Annual report on the health of the army in India
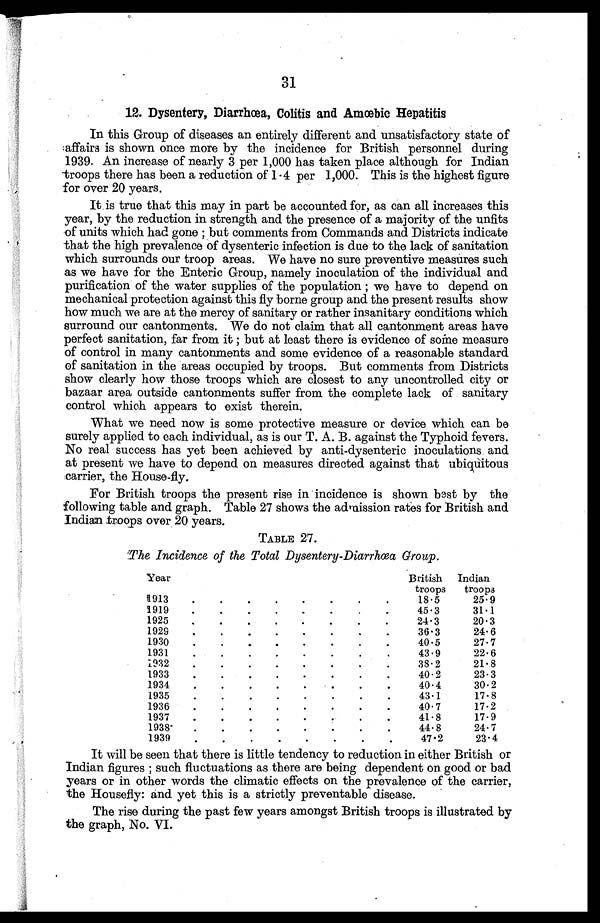
31 01
12. Dysentery, Diarrhœa, Colitis and Amoebic Hepatitis
In this Group of diseases an entirely different and unsatisfactory state of
affairs is shown once more by the incidence for British personnel during
1939. An increase of nearly 3 per 1,000 has taken place although for Indian
troops there has been a reduction of 1.4 per 1,000. This is the highest figure
for over 20 years.
It is true that this may in part be accounted for, as can all increases this
year, by the reduction in strength and the presence of a majority of the unfits
of units which had gone ; but comments from Commands and Districts indicate
that the high prevalence of dysenteric infection is due to the lack of sanitation
which surrounds our troop areas. We have no sure preventive measures such
as we have for the Enteric Group, namely inoculation of the individual and
purification of the water supplies of the population ; we have to depend on
mechanical protection against this fly borne group and the present results show
how much we are at the mercy of sanitary or rather insanitary conditions which
surround our cantonments. We do not claim that all cantonment areas have
perfect sanitation, far from it ; but at least there is evidence of some measure
of control in many cantonments and some evidence of a reasonable standard
of sanitation in the areas occupied by troops. But comments from Districts
show clearly how those troops which are closest to any uncontrolled city or
bazaar area outside cantonments suffer from the complete lack of sanitary
control which appears to exist therein.
What we need now is some protective measure or device which can be
surely applied to each individual, as is our T. A. B. against the Typhoid fevers.
No real success has yet been achieved by anti-dysenteric inoculations and
at present we have to depend on measures directed against that ubiquitous
carrier, the House-fly.
For British troops the present rise in incidence is shown best by the
following table and graph. Table 27 shows the admission rates for British and
Indian troops over 20 years.
TABLE 27.
The Incidence of the Total Dysentery-Diarrhoea Group.
Year
British
troops
Indian
troops
1913
.
.
.
.
.
.
.
.
18.5
25.9
1919
.
.
.
.
.
.
.
.
45.3
31.1
1925
.
.
.
.
.
.
.
.
24.3
20.3
1929
.
.
.
.
.
.
.
.
36.3
24.6
1930
.
.
.
.
.
.
.
.
40.5
27.7
1931
.
.
.
.
.
.
.
.
43.9
22.6
1932
.
.
.
.
.
.
.
.
38.2
21.8
1933
.
.
.
.
.
.
.
.
40.2
23.3
1934
.
.
.
.
.
.
.
.
40.4
30.2
1935
.
.
.
.
.
.
.
.
43.1
17.8
1936
.
.
.
.
.
.
.
.
40.7
17.2
1937
.
.
.
.
.
.
.
.
41.8
17.9
1938
.
.
.
.
.
.
.
.
44.8
24.7
1939
.
.
.
.
.
.
.
.
47.2
23. 4
It will be seen that there is little tendency to reduction in either British or
Indian figures ; such fluctuations as there are being dependent on good or bad
years or in other words the climatic effects on the prevalence of the carrier,
the Housefly: and yet this is a strictly preventable disease.
The rise during the past few years amongst British troops is illustrated by
the graph, No. VI.